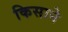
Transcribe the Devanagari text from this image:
किसाने